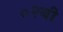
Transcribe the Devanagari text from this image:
०२बी